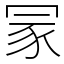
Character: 冡